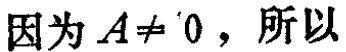
因为 \(A\neq 0\)，所以